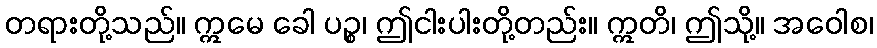
တရားတို့သည်။ ဣမေ ခေါ ပဉ္စ၊ ဤငါးပါးတို့တည်း။ ဣတိ၊ ဤသို့။ အဝေါစ၊